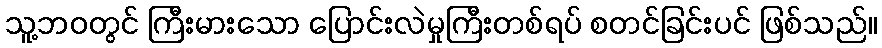
သူ့ဘဝတွင် ကြီးမားသော ပြောင်းလဲမှုကြီးတစ်ရပ် စတင်ခြင်းပင် ဖြစ်သည်။